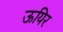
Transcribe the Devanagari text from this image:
ऊयिर